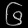
Digit: ၆